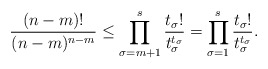
\begin{align*}\frac{(n-m)!}{(n-m)^{n-m}} \leq \prod_{\sigma = m+1}^s \frac{t_\sigma!}{t_\sigma^{t_\sigma}} = \prod_{\sigma = 1}^s \frac{t_\sigma!}{t_\sigma^{t_\sigma}}.\end{align*}